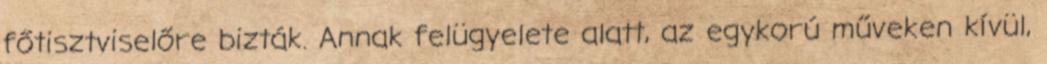
főtisztviselőre bizták. Annak felügyelete alatt, az egykorú műveken kívül,